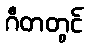
ဂီတတွင်